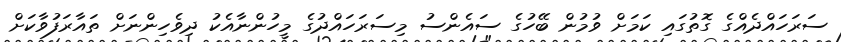
ސަރަހައްދެއްގެ ގޮތުގައި ކަމަށް ވުމުން ބޭހުގެ ސައެންސު މިސަރަހައްދުގެ މީހުންނާއެކު ދިވެހިންނަށް ތައާރަފުވާކަށް